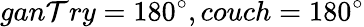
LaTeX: gan\mathcal{T}ry=180^{\circ},couch=180^{\circ}